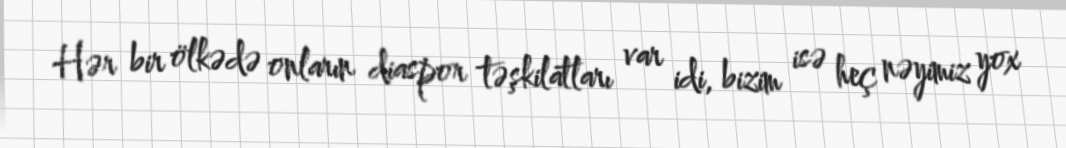
Hər bir ölkədə onların diaspor təşkilatları var idi, bizim isə heç nəyimiz yox